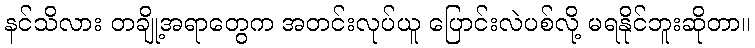
နင်သိလား တချို့အရာတွေက အတင်းလုပ်ယူ ပြောင်းလဲပစ်လို့ မရနိုင်ဘူးဆိုတာ။